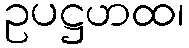
ဥပဋ္ဌဟထ၊